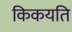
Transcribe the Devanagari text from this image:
किकयति